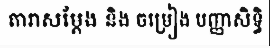
តារាសម្តែង និង ចម្រៀង បញ្ញាសិទ្ធិ